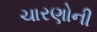
ચારણોની